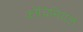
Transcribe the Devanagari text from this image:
कोचिनियल